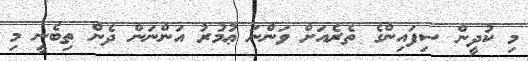
މި ކުދީން ސިފައިންގެ ތެރެއަށް ވަންނަ ޢުމުރު އަންނަން ދެން ތިބެނީ މި